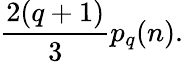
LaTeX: \frac{2(q+1)}{3}p_{q}(n).